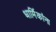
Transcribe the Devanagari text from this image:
धार्मिकांना